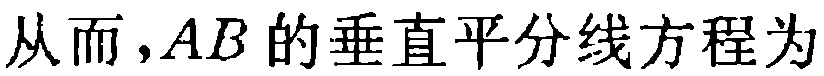
从而，\(AB\)的垂直平分线方程为